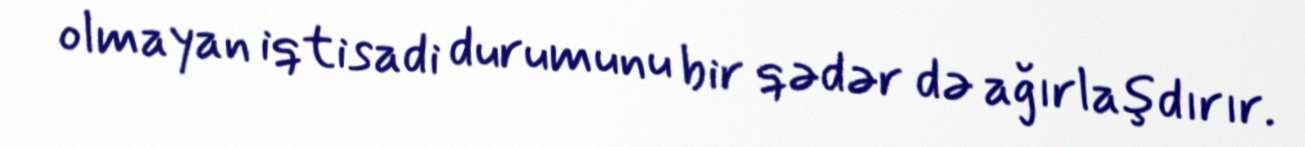
olmayan iqtisadi durumunu bir qədər də ağırlaşdırır.